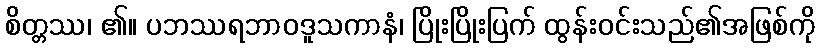
စိတ္တဿ၊ ၏။ ပဘဿရဘာဝဒူသကာနံ၊ ပြိုးပြိုးပြက် ထွန်းဝင်းသည်၏အဖြစ်ကို